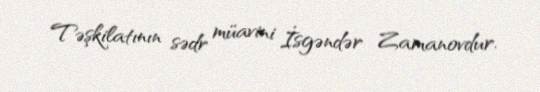
Təşkilatının sədr müavini İsgəndər Zamanovdur.